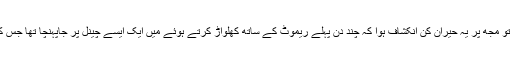
کل رات میں نے اپنی اس حالت پر نہایت رنجیدہ ہوکر اس کی وجوہات تلاش کرنے کی کوشش کی تو مجھ پر یہ حیران کن انکشاف ہوا کہ چند دن پہلے ریموٹ کے ساتھ کھلواڑ کرتے ہوئے میں ایک ایسے چینل پر جاپہنچا تھا جس کے سحر نے مجھے اب تک جکڑا ہوا ہے اور میں اس سے اپنے آپ کو ابھی تک آزاد نہیں کراسکا۔